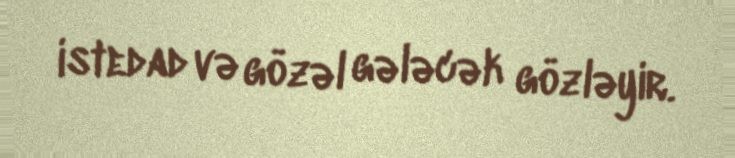
istedad və gözəl gələcək gözləyir.